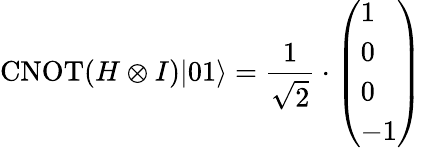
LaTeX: \operatorname{CNOT}(H\otimes I)|01\rangle=\frac{1}{\sqrt{2}}\cdot\left(\begin{array}{l}{1}\\ {0}\\ {0}\\ {-1}\end{array}\right)